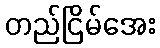
တည်ငြိမ်အေး